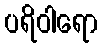
ပရိဝါရော